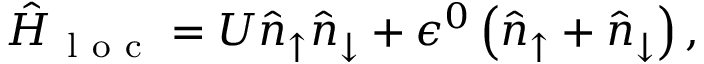
\hat { H } _ { \mathrm { ~ l ~ o ~ c ~ } } = U \hat { n } _ { \uparrow } \hat { n } _ { \downarrow } + \epsilon ^ { 0 } \left( \hat { n } _ { \uparrow } + \hat { n } _ { \downarrow } \right) ,